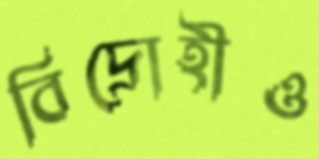
বিদ্রোহীও